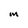
Character: M